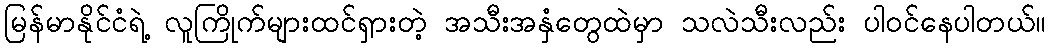
မြန်မာနိုင်ငံရဲ့ လူကြိုက်များထင်ရှားတဲ့ အသီးအနှံတွေထဲမှာ သလဲသီးလည်း ပါဝင်နေပါတယ်။